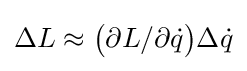
\Delta L\approx {\bigl (}\partial L/\partial {\dot {q}}{\bigr )}\Delta {\dot {q}}